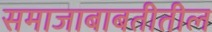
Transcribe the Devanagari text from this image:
समाजाबाबतीतील